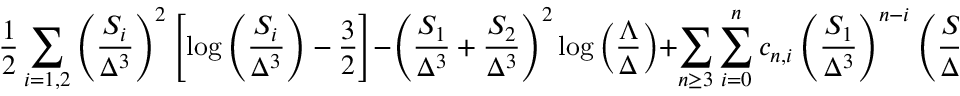
{ \frac { 1 } { 2 } } \sum _ { i = 1 , 2 } \left( { \frac { S _ { i } } { \Delta ^ { 3 } } } \right) ^ { 2 } \left[ \log \left( { \frac { S _ { i } } { \Delta ^ { 3 } } } \right) - { \frac { 3 } { 2 } } \right] - \left( { \frac { S _ { 1 } } { \Delta ^ { 3 } } } + { \frac { S _ { 2 } } { \Delta ^ { 3 } } } \right) ^ { 2 } \log \left( { \frac { \Lambda } { \Delta } } \right) + \sum _ { n \geq 3 } \sum _ { i = 0 } ^ { n } c _ { n , i } \left( { \frac { S _ { 1 } } { \Delta ^ { 3 } } } \right) ^ { n - i } \left( { \frac { S _ { 2 } } { \Delta ^ { 3 } } } \right) ^ { i } ,